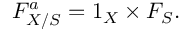
F _ { X / S } ^ { a } = 1 _ { X } \times F _ { S } .